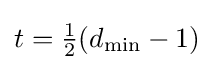
{\textstyle t={\frac {1}{2}}(d_{\min }-1)}